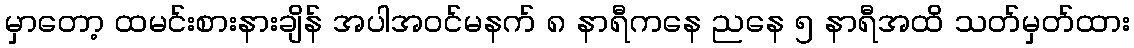
မှာတော့ ထမင်းစားနားချိန် အပါအဝင်မနက် ၈ နာရီကနေ ညနေ ၅ နာရီအထိ သတ်မှတ်ထား